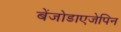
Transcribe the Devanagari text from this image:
बेंजोडाएजेपिन